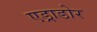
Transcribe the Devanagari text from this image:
एड्राडोर